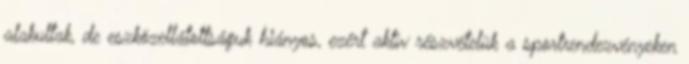
alakultak, de eszközellátottságuk hiányos, ezért aktív részvételük a sportrendezvényeken